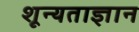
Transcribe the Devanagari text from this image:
शून्यताज्ञान